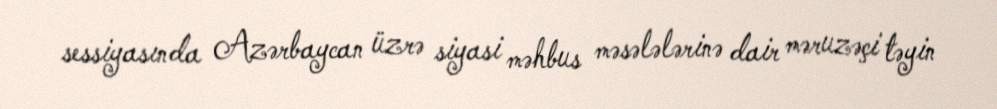
sessiyasında Azərbaycan üzrə siyasi məhbus məsələlərinə dair məruzəçi təyin